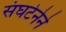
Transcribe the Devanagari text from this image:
संघटेनेने